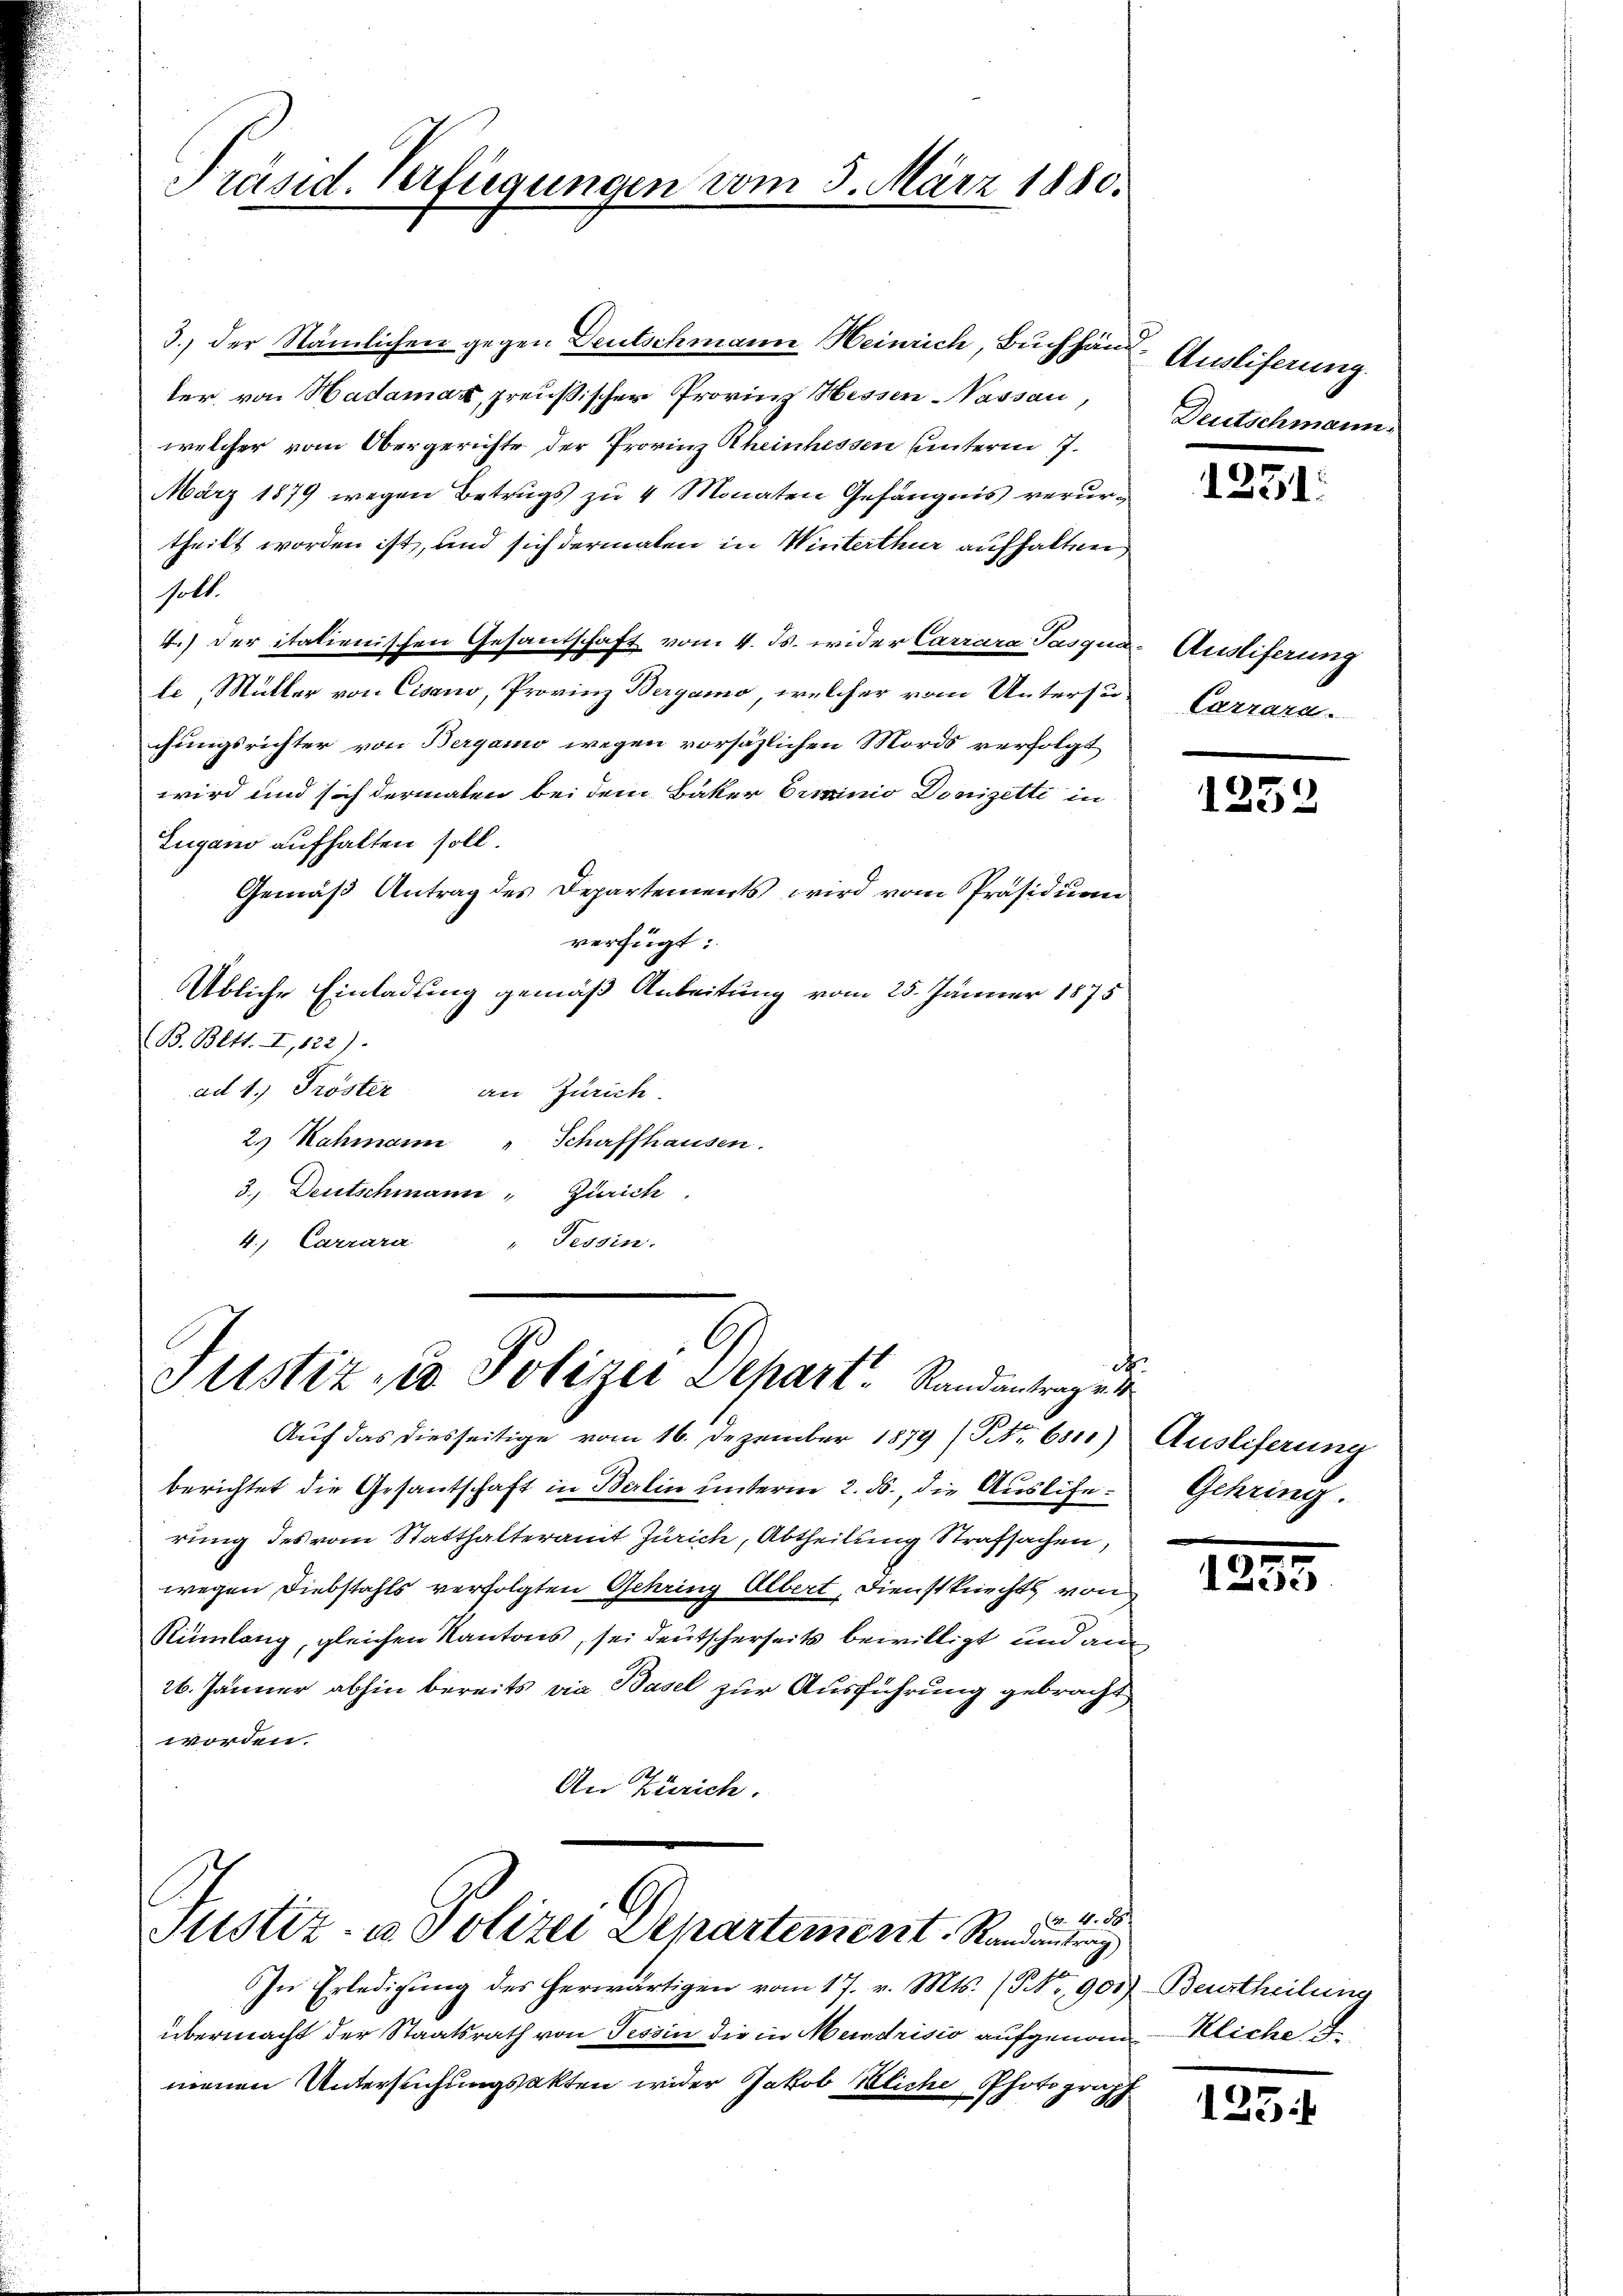
Präsid. Verfügungen er

3.) der Nämlichen gegen Deutschmann Heinrich, Buchhändler, von Hadamaz, preußischer Provinz Hessen Nassau,
welcher vom Obergerichte der Provinz Rheinhessen unterm 7.
März 1879 wegen Betrugs zu 4 Monaten Gefängnis verurtheilt worden ist, und sich dermalen in Winterthur aufhalten,
holt.
4.) Der italienischen Gesantschaft vom 4. ds. wider Carrara Pasqua-Austiferung
le Müller von Cisano, Provinz Bergamo, welcher vom Untersu-Carrard-
chungsrichter von Bergamo wegen vorsäzlichen Mords verfolgt
wird und sich dermalen bei dem Bäker Criminio Donizetti in
Lugano aufhalten soll.
Gemäß Antrag des Departements wird vom Präsidian
verfügt:
Übliche Einladung gemäß Anbeitung vom 25. Jänner 1875
B. Bett. I, 822).
ad 1.) Tröster an Zürich.
2.) Rahmann " Schaffhausen.
3., Deutschmann Zürich
4.) Carrara
"Tessin.

9. März 1880.

Sitstiz- u Polizei Depart Randantrage

Auf das diesseitige vom 16. Dezember 1879 (No. 651.) Ausliferung
berichtet die Gesantschaft in Berlin unterm 2. ds., die Auslise- Gehring
rung des vom Statthalteramt Zürich, Abtheilung Strafsachen,
wegen Diebstahls verfolgten Gehring Albert, Dienstknechts von
Rümlang, gleichen Kantons, sei deutscherseits bewilligt und an
26. Jänner abhin bereits via Basel zur Ausführung gebracht
worden.
An Zürich.

B. 4. 88
Sistiz- u. Polizei Departement. Randantrag

In Erledigung des herwärtigen vom 17. v. Mts. (NNo. 900) Beurtheilung
übermacht der Staatsrath von Tessin die in Mendrisis aufgenom-Kliche
menen Untersuchungsakten wider Jakob Bliche Photograph

Ausliferung.
Deutschmann.

1251.

1252

e

125

125.